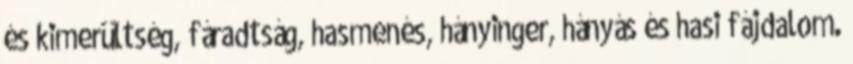
és kimerültség, fáradtság, hasmenés, hányinger, hányás és hasi fájdalom.